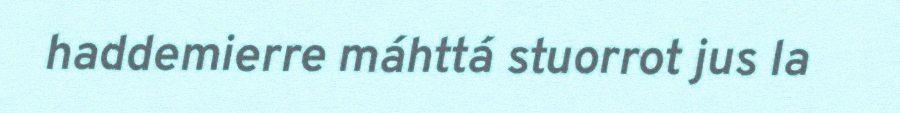
haddemierre máhttá stuorrot jus la